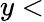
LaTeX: y<